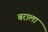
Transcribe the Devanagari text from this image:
बराला